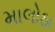
માલોઠા